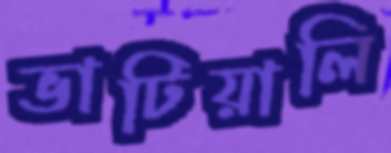
ভাটিয়ালি